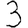
Digit: 3